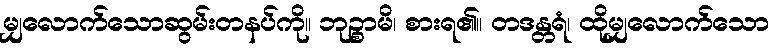
မျှလောက်သောဆွမ်းတနပ်ကို။ ဘုဉ္စာမိ၊ စားရ၏။ တဒန္တရံ၊ ထိုမျှလောက်သော